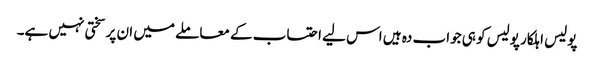
پولیس اہلکار پولیس کو ہی جواب دہ ہیں اس لیے احتساب کے معاملے میں ان پر سختی نہیں ہے۔